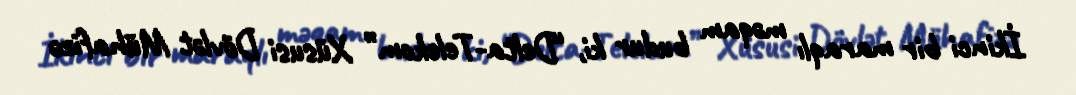
İkinci bir maraqlı məqam budur ki, “Delta-Telekom” Xüsusi Dövlət Mühafizə